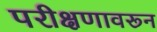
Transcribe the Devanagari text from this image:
परीक्षणावरून